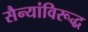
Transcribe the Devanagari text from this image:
सैन्यांविरूद्ध